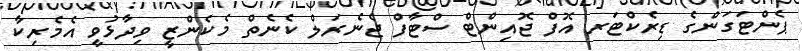
ޕެންޓަގަންގެ ޑިރެކްޓަރ އޮފް ޖޮއިންޓް ސްޓާފް ޖެނެރަލް ކެނެތް މެކެންޒީ ވިދާޅުވީ އެމެރިކާ